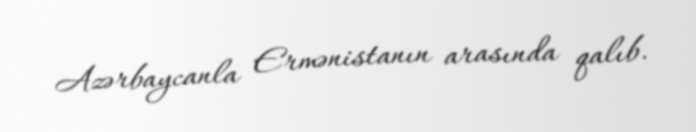
Azərbaycanla Ermənistanın arasında qalıb.